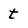
Character: t